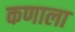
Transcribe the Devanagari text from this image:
कणाला